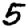
Digit: 5